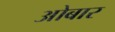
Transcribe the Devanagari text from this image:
ओबार